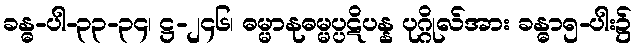
ခန္ဓ-ပါ-၃၃-၃၄၊ ဋ္ဌ-၂၄၆၊ ဓမ္မာနုဓမ္မပ္ပဋိပန္န ပုဂ္ဂိုလ်အား ခန္ဓာ၅-ပါး၌